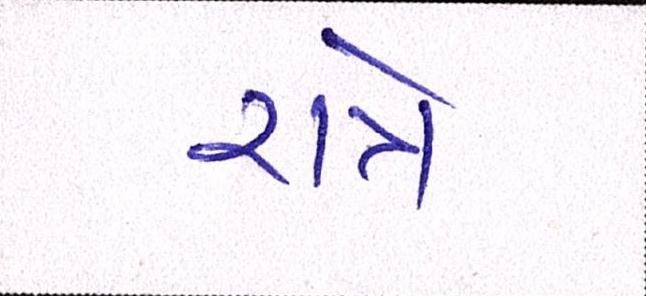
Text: રાત્રે